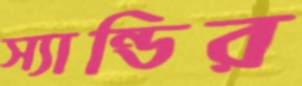
স্যান্ডির